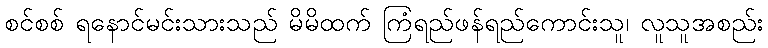
စင်စစ် ရနောင်မင်းသားသည် မိမိထက် ကြံရည်ဖန်ရည်ကောင်းသူ၊ လူသူအစည်း